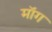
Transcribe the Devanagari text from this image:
माॅग